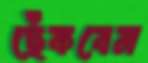
ছেঁকবেন